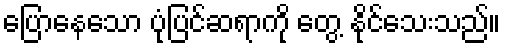
ပြောနေသော ပုံပြင်ဆရာကို တွေ့ နိုင်သေးသည်။